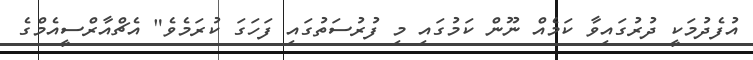
އުފެދުމަކީ ދުރުގައިވާ ކަމެއް ނޫން ކަމުގައި މި ފުރުސަތުގައި ފަހަގަ ކުރަމެވެ" އެޗްއާރްސީއެމްގެ